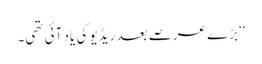
‘‘ بڑے عرصے بعد ریڈیو کی یاد آئی تھی۔